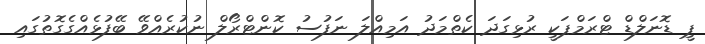
ޕީ ޑޮނަލްޑް ޓްރަމްޕަކީ ރުޅިގަދަ ކެތްމަދު އަމިއްލަ ނަފުސު ކޮންޓްރޯލް ނުކުރެއްވޭ ބޭފުޅެއްގެގޮތުގައި